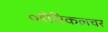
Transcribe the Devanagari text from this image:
॰शेरिकलचर